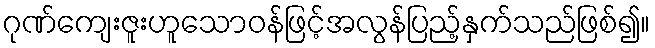
ဂုဏ်ကျေးဇူးဟူသောဝန်ဖြင့်အလွန်ပြည့်နှက်သည်ဖြစ်၍။